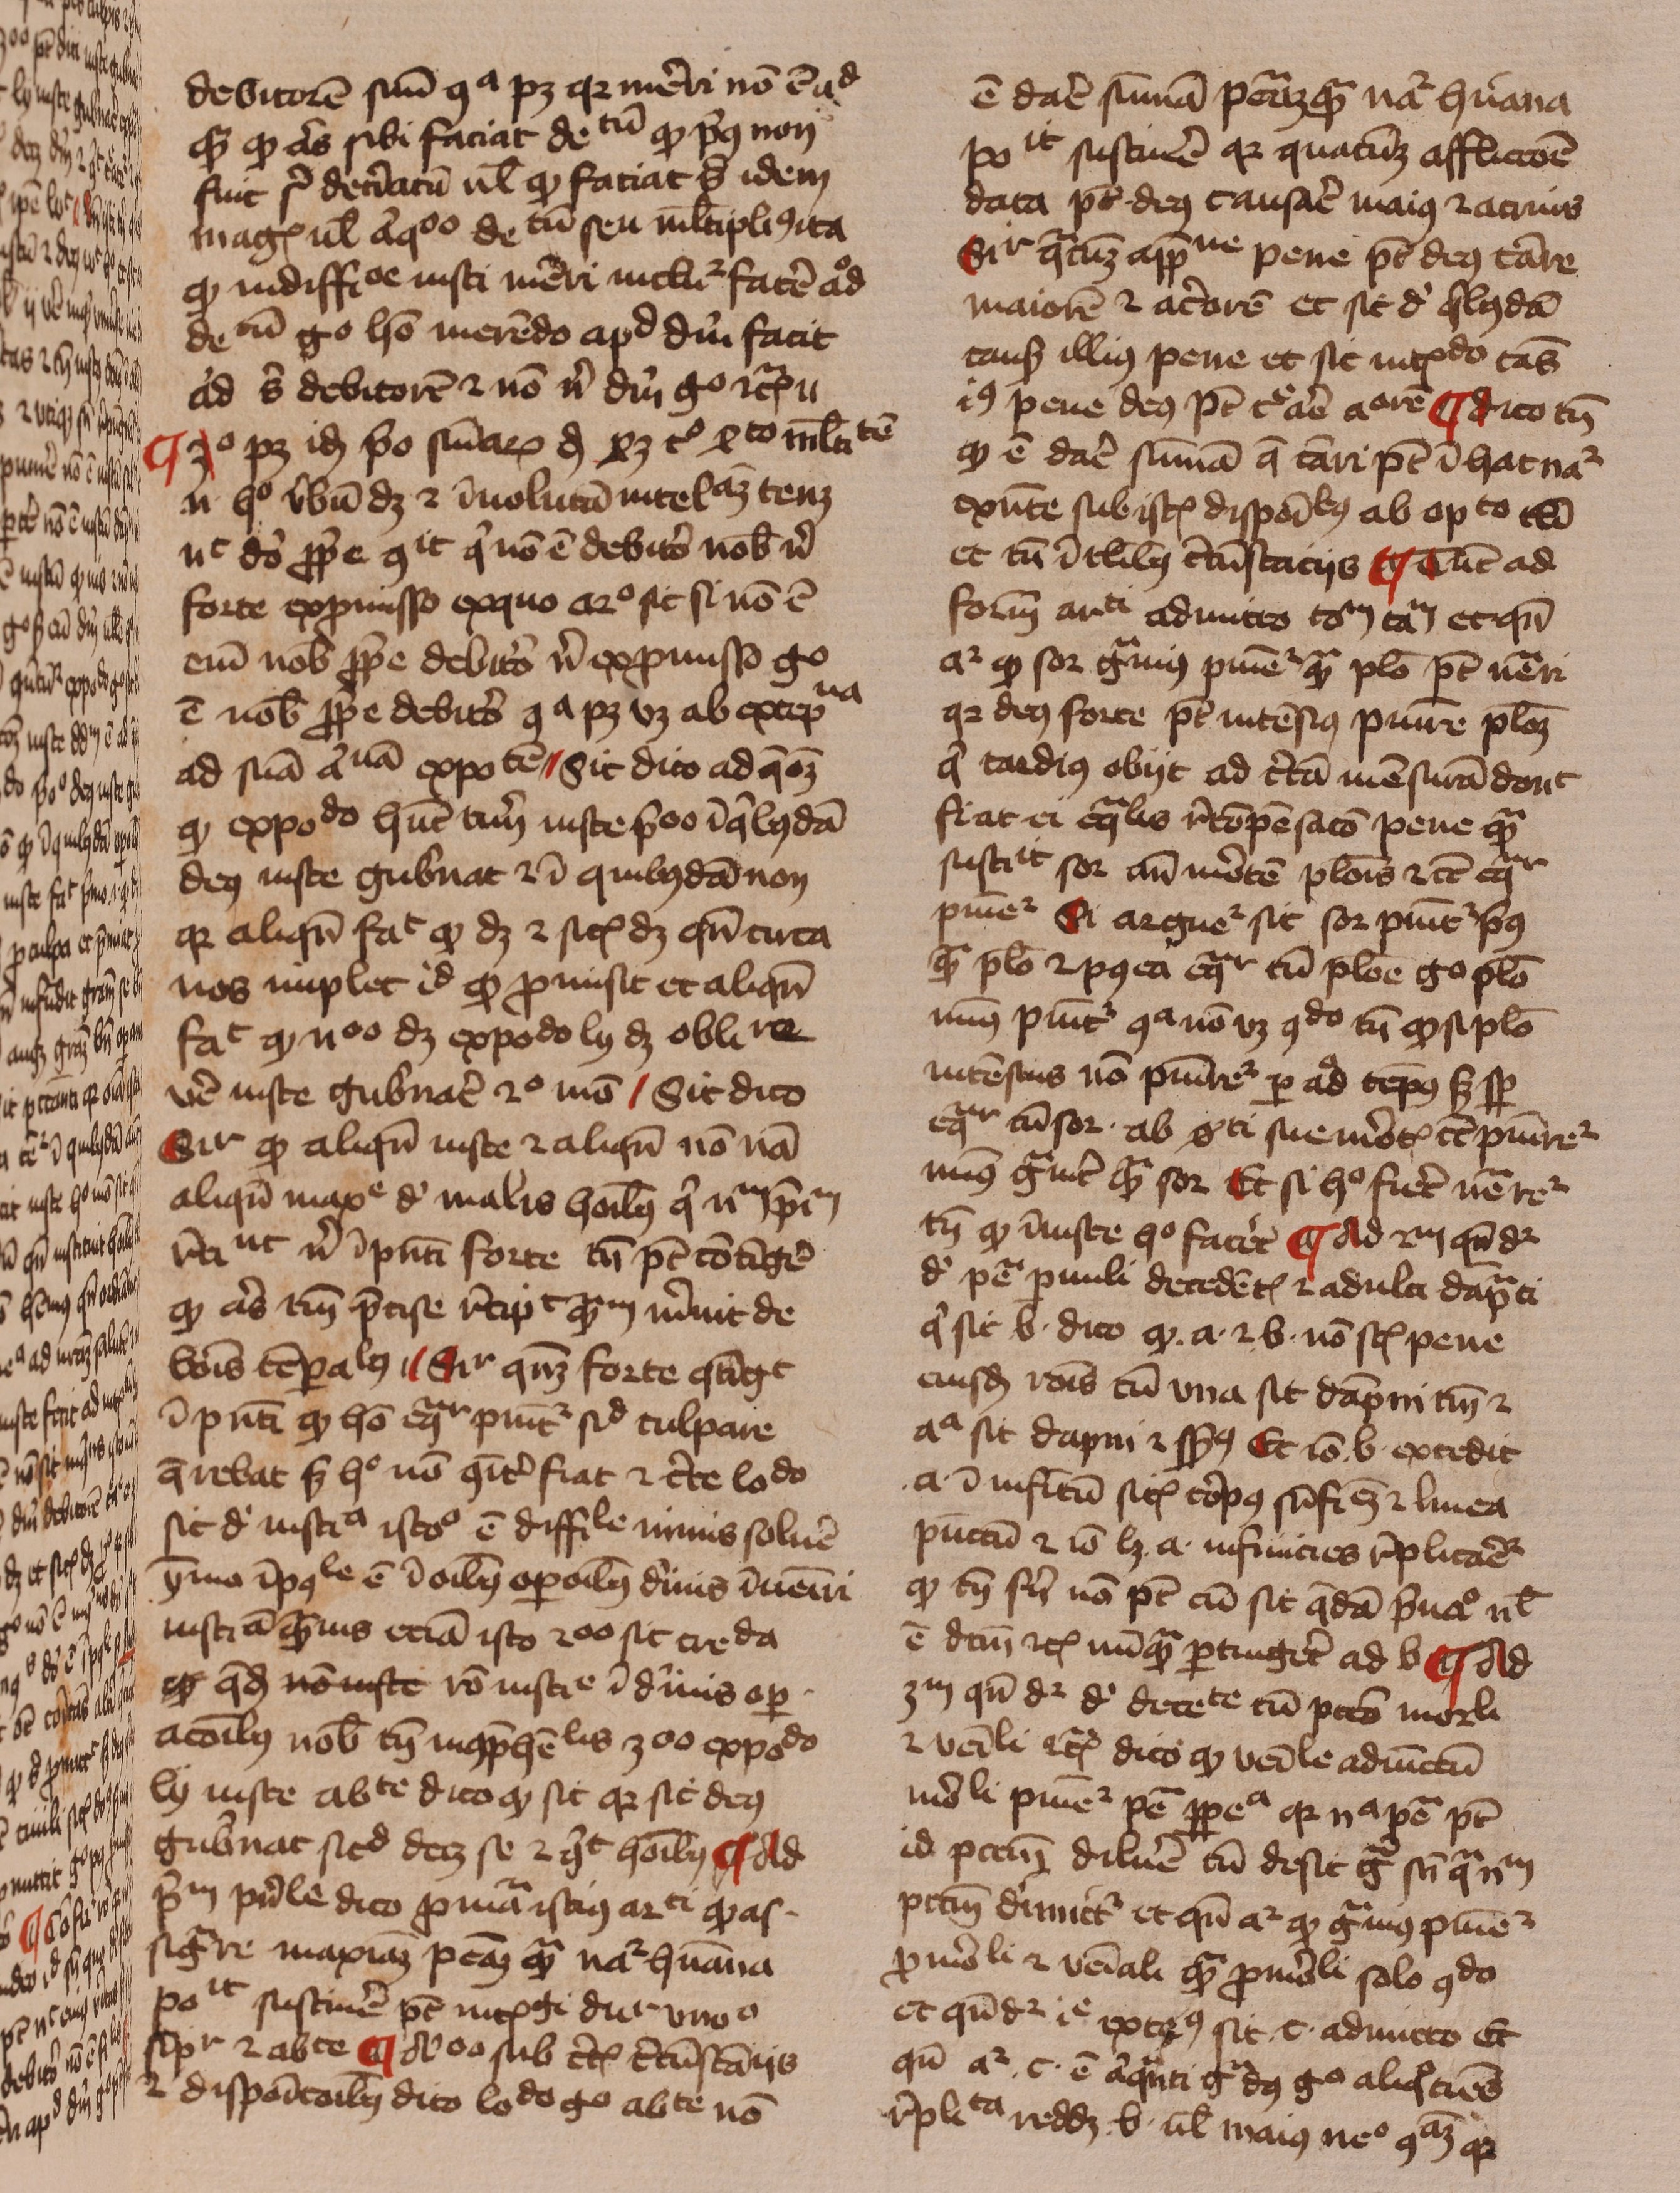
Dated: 1429–1431